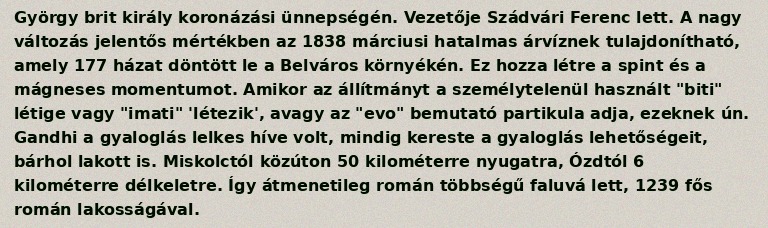
György brit király koronázási ünnepségén. Vezetője Szádvári Ferenc lett. A nagy változás jelentős mértékben az 1838 márciusi hatalmas árvíznek tulajdonítható, amely 177 házat döntött le a Belváros környékén. Ez hozza létre a spint és a mágneses momentumot. Amikor az állítmányt a személytelenül használt "biti" létige vagy "imati" 'létezik', avagy az "evo" bemutató partikula adja, ezeknek ún. Gandhi a gyaloglás lelkes híve volt, mindig kereste a gyaloglás lehetőségeit, bárhol lakott is. Miskolctól közúton 50 kilométerre nyugatra, Ózdtól 6 kilométerre délkeletre. Így átmenetileg román többségű faluvá lett, 1239 fős román lakosságával.